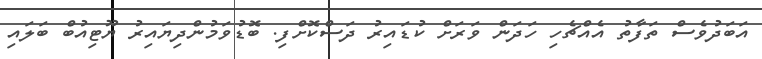
އަބަދުވެސް ތަފާތު އެއްޗެހި ހަދަން ވަރަށް ކުޑައިރު ދަސްކޮށްފި. ބޮޑުވަމުންދިޔައިރު ޔޫޓިއުބް ބަލައި